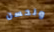
ولحسن